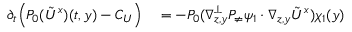
\begin{array} { r l } { \partial _ { t } \Big ( P _ { 0 } ( \tilde { U } ^ { x } ) ( t , y ) - C _ { U } \Big ) } & { { } = - P _ { 0 } ( \nabla _ { z , y } ^ { \bot } P _ { \neq } \psi _ { 1 } \cdot \nabla _ { z , y } \tilde { U } ^ { x } ) \chi _ { 1 } ( y ) } \end{array}